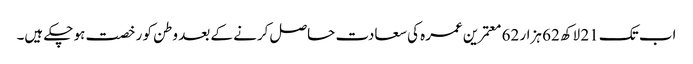
اب تک 21 لاکھ 62 ہزار 62 معتمرین عمرہ کی سعادت حاصل کرنے کے بعد وطن کو رخصت ہو چکے ہیں۔